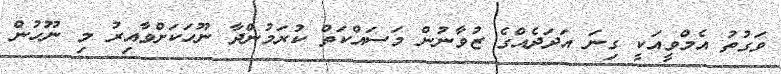
ވަގުތު އެމްވީއަކީ ގިނަ އަދަދެއްގެ ޒުވާނުން މަސައްކަތް ކުރަމުންދާ ނޫހަކަށްވާއިރު މި ނޫހުން